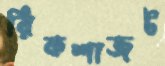
রিকশাজট